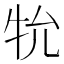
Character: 𭷙